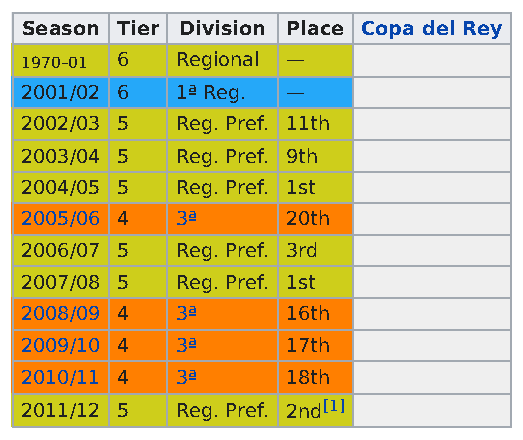
Season Tier Division Place Copa del Rey
 1970–01 6  Regional —
 2001/02 6  1ª Reg. —
 2002/03 5  Reg. Pref. 11th
 2003/04 5  Reg. Pref. 9th
 2004/05 5  Reg. Pref. 1st
 2005/06 4  3ª     20th
 2006/07 5  Reg. Pref. 3rd
 2007/08 5  Reg. Pref. 1st
 2008/09 4  3ª     16th
 2009/10 4  3ª     17th
 2010/11 4  3ª     18th
 2011/12 5  Reg. Pref. 2nd[1]